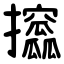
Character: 攨